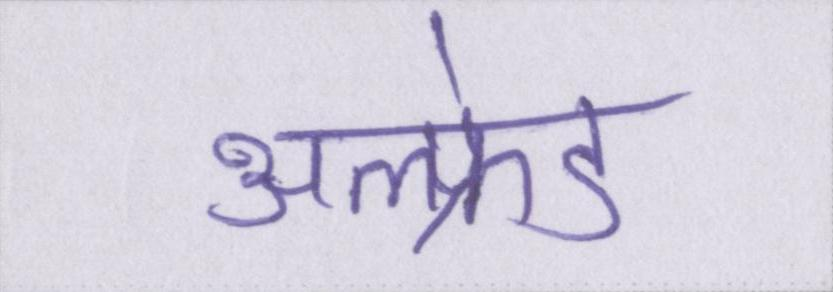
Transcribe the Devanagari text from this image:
अल्फ्रेड